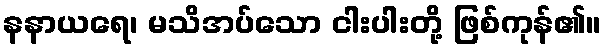
နနာယရေ၊ မသိအပ်သော ငါးပါးတို့ ဖြစ်ကုန်၏။